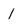
Character: 1